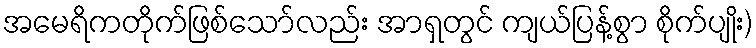
အမေရိကတိုက်ဖြစ်သော်လည်း အာရှတွင် ကျယ်ပြန့်စွာ စိုက်ပျိုး)